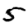
Digit: 5